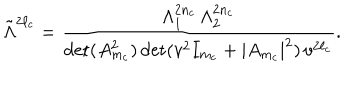
\tilde { \Lambda } ^ { 2 \ell _ { c } } = { \frac { \Lambda _ { 1 } ^ { 2 n _ { c } } \, \Lambda _ { 2 } ^ { 2 n _ { c } } } { \det ( A _ { m _ { c } } ^ { 2 } ) \det ( v ^ { 2 } I _ { m _ { c } } + | A _ { m _ { c } } | ^ { 2 } ) \, v ^ { 2 \ell _ { c } } } } .